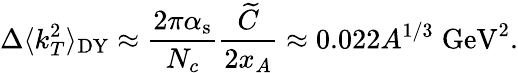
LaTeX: \Delta\langle k_{T}^{2}\rangle_{\mathrm{DY}}\approx\frac{2\pi\alpha_{\mathrm{s}}}{N_{c}}\frac{\widetilde{C}}{2x_{A}}\approx 0.022A^{1/3}\; \mathrm{GeV}^{2}.